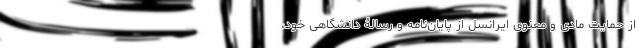
از حمایت مادی و معنوی ایرانسل از پایان‌نامه و رسالۀ دانشگاهی خود،